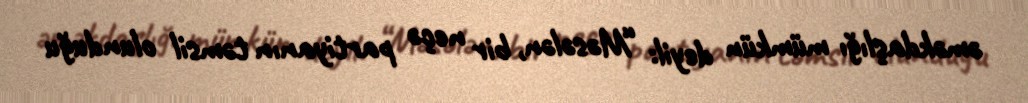
əməkdaşlığı mümkün deyil: “Məsələn, bir neçə partiyanın təmsil olunduğu